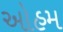
ઓહમ